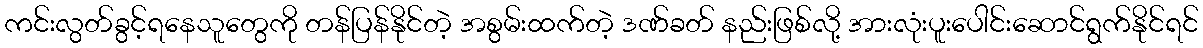
ကင်းလွတ်ခွင့်ရနေသူတွေကို တန်ပြန်နိုင်တဲ့ အစွမ်းထက်တဲ့ ဒဏ်ခတ် နည်းဖြစ်လို့ အားလုံးပူးပေါင်းဆောင်ရွက်နိုင်ရင်